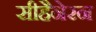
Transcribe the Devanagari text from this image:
सीहैनेरन